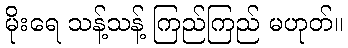
မိုးရေ သန့်သန့် ကြည်ကြည် မဟုတ်။